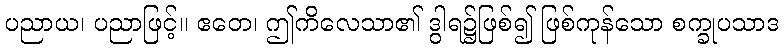
ပညာယ၊ ပညာဖြင့်။ ဧတေ၊ ဤကိလေသာ၏ ဒွါရ၌ဖြစ်၍ ဖြစ်ကုန်သော စက္ခုပသာဒ